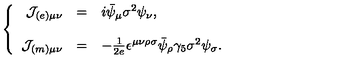
\left\{ \begin{array} { r c l } { { \cal J } _ { ( e ) \mu \nu } } & { = } & { i \bar { \psi } _ { \mu } \sigma ^ { 2 } \psi _ { \nu } , } \\ { } & { } & { } \\ { { \cal J } _ { ( m ) \mu \nu } } & { = } & { - \frac { 1 } { 2 e } \epsilon ^ { \mu \nu \rho \sigma } \bar { \psi } _ { \rho } \gamma _ { 5 } \sigma ^ { 2 } \psi _ { \sigma } . } \\ \end{array} \right.